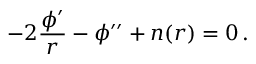
- 2 \frac { \phi ^ { \prime } } r - \phi ^ { \prime \prime } + n ( r ) = 0 \, .